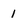
Character: 1